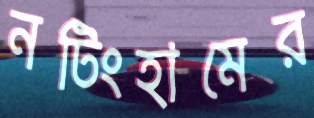
নটিংহামের